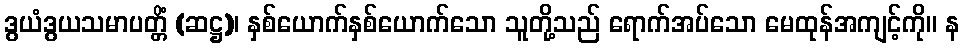
ဒွယံဒွယသမာပတ္တိံ (ဆဋ္ဌ)၊ နှစ်ယောက်နှစ်ယောက်သော သူတို့သည် ရောက်အပ်သော မေထုန်အကျင့်ကို။ န